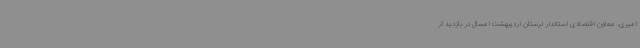
امیری، معاون اقتصادی استاندار لرستان اردیبهشت امسال در بازدید از